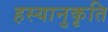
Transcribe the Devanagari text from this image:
हस्यानुकृति